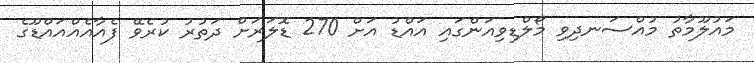
މައުލޫމާތު މުއްސަނދިވި މޯލްޑިވިއަންގައި އައްޑު އަށް 270 ޑޮލަރަށް ދަތުރު ކުރެވޭ ފެއާއެއްއައްޑޫގެ